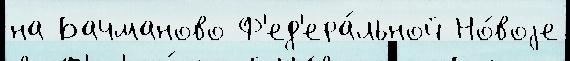
на Бачманово Ф'ед'ера́льной Но́воjе